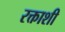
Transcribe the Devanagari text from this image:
रक्ताशी